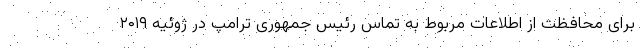
برای محافظت از اطلاعات مربوط به تماس رئیس جمهوری ترامپ در ژوئیه ۲۰۱۹